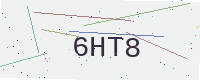
Text: 6HT8